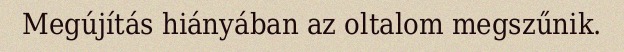
Megújítás hiányában az oltalom megszűnik.